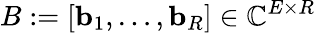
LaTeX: B:=[\mathbf{b}_{1},\dots,\mathbf{b}_{R}]\in\mathbb{C}^{E\times R}